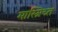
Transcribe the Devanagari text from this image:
मास्त्रिच्त